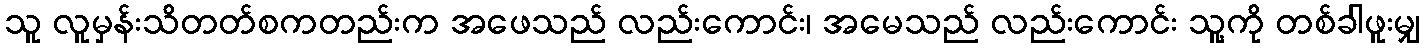
သူ လူမှန်းသိတတ်စကတည်းက အဖေသည် လည်းကောင်း၊ အမေသည် လည်းကောင်း သူ့ကို တစ်ခါဖူးမျှ